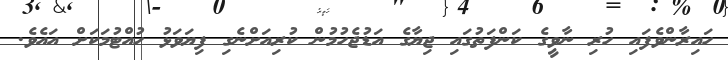
ހައިރާންވެފައި ހުރި ނާވީގެ ކަންފަތުގައި ޖިޔާގެ އަޑުޖެހުމުން ކުރިއަށްނެގި ފިޔަވަޅު ހުއްޓުމަކަށް އައެވެ.